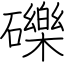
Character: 礫